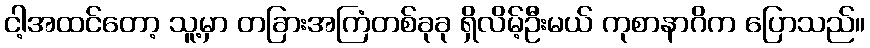
ငါ့အထင်တော့ သူ့မှာ တခြားအကြံတစ်ခုခု ရှိလိမ့်ဦးမယ် ကုစာနာဂိက ပြောသည်။